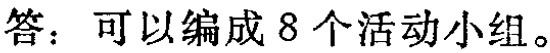
答：可以编成 8 个活动小组。